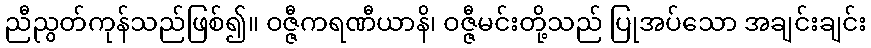
ညီညွတ်ကုန်သည်ဖြစ်၍။ ဝဇ္ဇီကရဏီယာနိ၊ ဝဇ္ဇီမင်းတို့သည် ပြုအပ်သော အချင်းချင်း